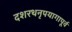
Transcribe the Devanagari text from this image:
दशरथनृपयागापूर्व